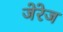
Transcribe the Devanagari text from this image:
जेरेज